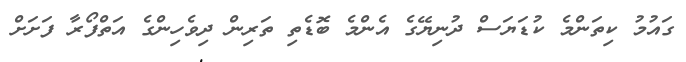
ގައުމު ކިތަންމެ ކުޑަޔަސް ދުނިޔޭގެ އެންމެ ބޮޑެތި ތަރިން ދިވެހިންގެ އަތްފޯރާ ފަށަށް